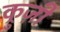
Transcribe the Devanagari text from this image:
क्रुज़ी